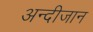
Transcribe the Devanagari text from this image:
अन्दीजान